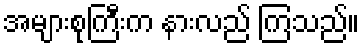
အများစုကြီးက နားလည် ကြသည်။